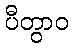
ပီတွာဝ